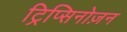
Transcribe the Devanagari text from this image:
ट्रिप्सिनोज़न